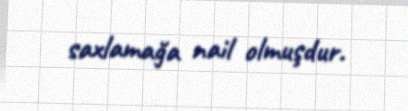
saxlamağa nail olmuşdur.